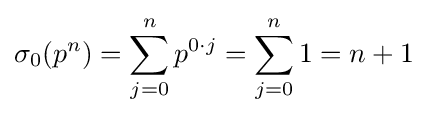
\sigma _{0}(p^{n})=\sum _{j=0}^{n}p^{0\cdot j}=\sum _{j=0}^{n}1=n+1